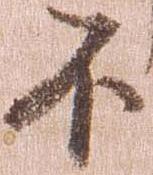
不